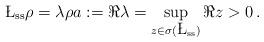
LaTeX: \begin{align*} \L_{\rm ss} \rho = \lambda \rho a := \Re \lambda = \sup_{z \in \sigma(\L_{\rm ss})} \Re z > 0 \, .\end{align*}